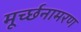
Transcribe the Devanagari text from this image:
मूर्च्छनामरण